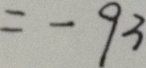
= - 9 3